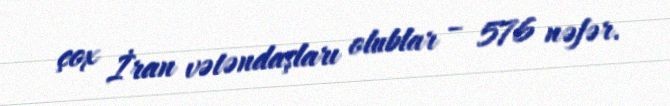
çox İran vətəndaşları olublar – 576 nəfər.